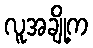
လူအချို့က